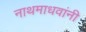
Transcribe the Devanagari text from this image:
नाथमाधवांनी